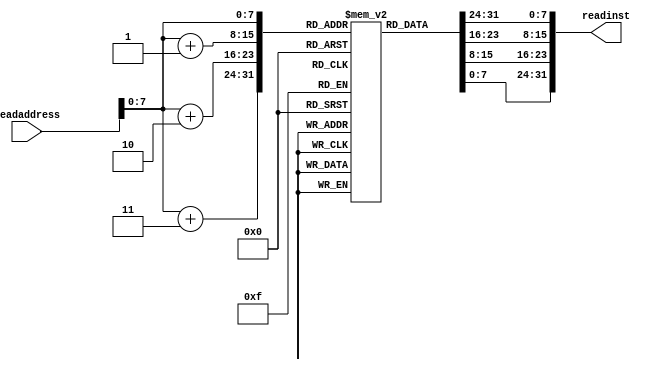
`timescale 1ns / 1ps
//////////////////////////////////////////////////////////////////////////////////
// Company: 
// Engineer: 
// 
// Design Name: 
// Module Name: InstMemory
// Project Name: 
// Target Devices: 
// Tool Versions: 
// Description: 
// 
// Dependencies: 
// 
// Revision:
// Revision 0.01 - File Created
// Additional Comments:
// 
//////////////////////////////////////////////////////////////////////////////////


module InstMemory(
    input [31:0] readaddress, 
    output reg [31:0] readinst   
    );
    
    reg [7:0] instfile[0:255];
    
    always @ (readaddress)
    begin 
    readinst[7:0] = instfile[readaddress+3];
    readinst[15:8]= instfile[readaddress+2];
    readinst[23:16]= instfile[readaddress+1];
    readinst[31:24]= instfile[readaddress];
    end
    
    
endmodule